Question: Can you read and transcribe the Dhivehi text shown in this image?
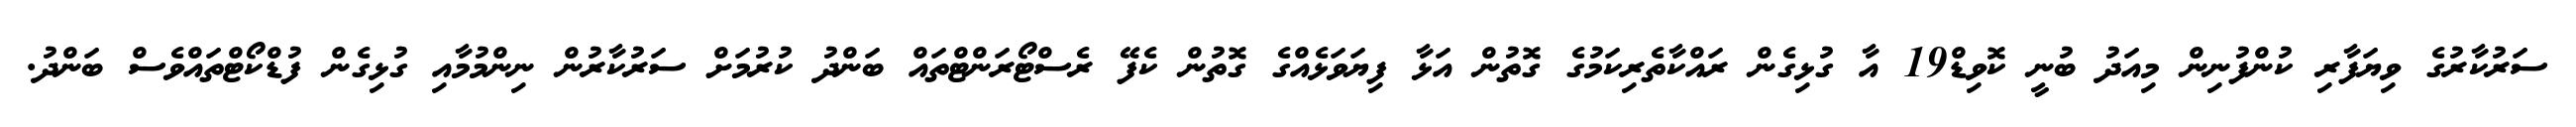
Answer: ސަރުކާރުގެ ވިޔަފާރި ކުންފުނިން މިއަދު ބުނީ ކޮވިޑް19 އާ ގުޅިގެން ރައްކާތެރިކަމުގެ ގޮތުން އަޅާ ފިޔަވަޅެއްގެ ގޮތުން ކެފޭ ރެސްޓޯރަންޓްތައް ބަންދު ކުރުމަށް ސަރުކާރުން ނިންމުމާއި ގުޅިގެން ފުޑްކޯޓްތައްވެސް ބަންދު.